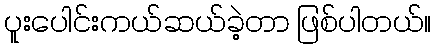
ပူးပေါင်းကယ်ဆယ်ခဲ့တာ ဖြစ်ပါတယ်။